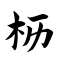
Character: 枥